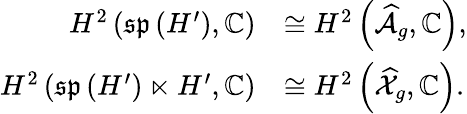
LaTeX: \begin{array}{rl}{H^{2}\left(\mathfrak{sp}\left(H^{\prime}\right),\mathbb{C}\right)}&{\cong H^{2}\left(\widehat{\mathcal{A}}_{g},\mathbb{C}\right),}\\ {H^{2}\left(\mathfrak{sp}\left(H^{\prime}\right)\ltimes H^{\prime},\mathbb{C}\right)}&{\cong H^{2}\left(\widehat{\mathcal{X}}_{g},\mathbb{C}\right).}\end{array}